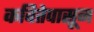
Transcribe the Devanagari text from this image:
कवितेपासून